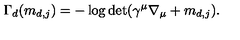
\Gamma _ { d } ( m _ { d , j } ) = - \log \det ( \gamma ^ { \mu } \nabla _ { \mu } + m _ { d , j } ) .